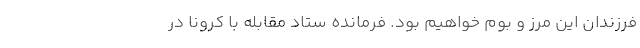
فرزندان این مرز و بوم خواهیم بود. فرمانده ستاد مقابله با کرونا در